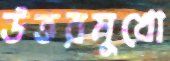
উত্তরমুখো